system: You are a helpful assistant.
user:
Analyze the provided spectrum to determine if it is a **M-type Giant (gM)**.

A M-type Giant spectrum is defined by its **strong molecular absorption** features, particularly from **Titanium Oxide (TiO)**. You must check for one of the following mutually exclusive signatures:

- **Key Visual Indicators (Absorption-Dominated Spectrum):**

    - **(Primary):** The spectrum is dominated by strong molecular absorption from **Titanium Oxide (TiO)**. This is the **defining feature** of its M-type temperature class.
        - **(Key Bandheads):** Look for sharp, "saw-tooth" absorption valleys. The strongest are located near **~7050 Å**, **~6160 Å**, and **~5170 Å**.
        - **(Line Profile):** The "saw-tooth" morphology is critical: a **sharp, steep drop on the BLUE (short-wavelength) side** of the bandhead, followed by a gradual recovery (rising flux) towards the RED (long-wavelength) side.

    - **(Key Confirmation - Giant vs. Dwarf):** **ABSENCE** of strong **Calcium Hydride (CaH)** molecular bands. This is the primary diagnostic for *excluding* M-dwarfs.
        - **(Key Region):** The spectrum should lack the strong, broad absorption band seen in dwarfs between **~6800 Å and ~7000 Å**.

    - **(Secondary Confirmation - Giant):** A very strong and broad **Neutral Calcium (Ca I)** atomic absorption line.
        - **(Key Line):** Located at **~4226 Å**. In a giant (gM), this line is significantly deeper and broader than the same line in an M-dwarf (dM) due to low surface gravity.

    - **(Overall Spectrum):**
        - The continuum is **extremely red-sloping** (i.e., flux is very low in the blue and rises dramatically towards the red).
        - The entire spectrum appears "chopped up" by the deep TiO bands.

Think first, call **spectral_visualization_tool** if needed to examine features in detail, then provide your final answer. Your response must adhere to the following strict rules:
1.  **Overall Structure:** Your response must follow the format `<think>...</think> <tool_call>...</tool_call> (if a tool is used) <answer>...</answer>`.
2.  **Tool Usage Constraint:** You may only make **one** tool call per turn.
3.  **Final Answer Format:** In the `<answer>` tag, your conclusion must be inside a `\boxed{}` command (e.g., `\boxed{YES}` or `\boxed{NO}`), followed by your justification.

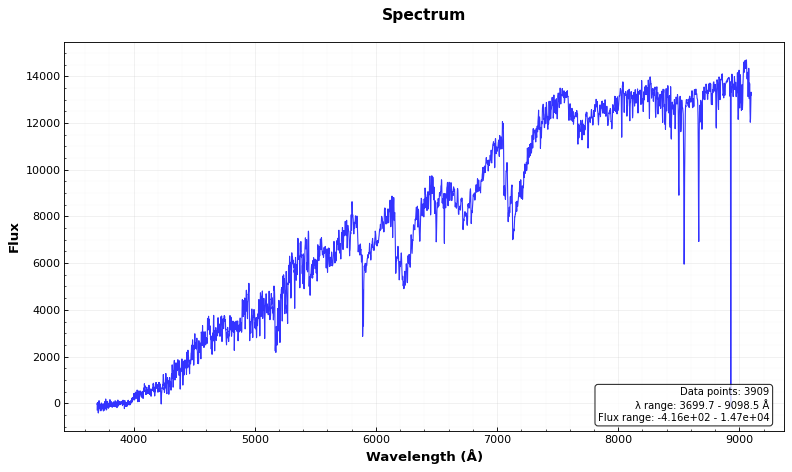
Answer: YES